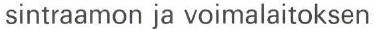
sintraamon ja voimalaitoksen